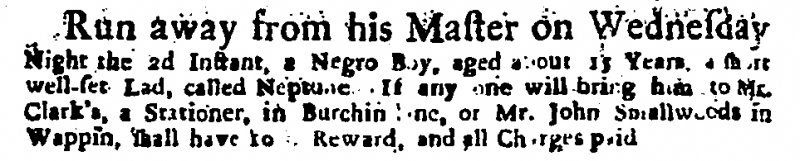
Daily Courant, 8 September 1719 (England)
Run away from his Master on Wednesday Night the 2d Instant, a Negro Boy, aged about 15 Years, a short well-set Lad, called Neptune. If any one will bring him to Mr. Clark’s, a Stationer, in Burchin lane, or Mr. John Smallwoods in Wappin, shall have 10 s. Reward, and all Charges paid.